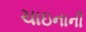
ચાઇનાની